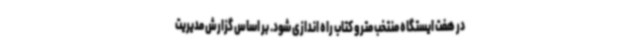
در هفت ایستگاه منتخب مترو کتاب راه اندازی شود. بر اساس گزارش مدیریت